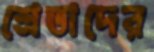
শ্রেতাদের